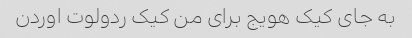
به جای کیک هویج برای من کیک ردولوت اوردن